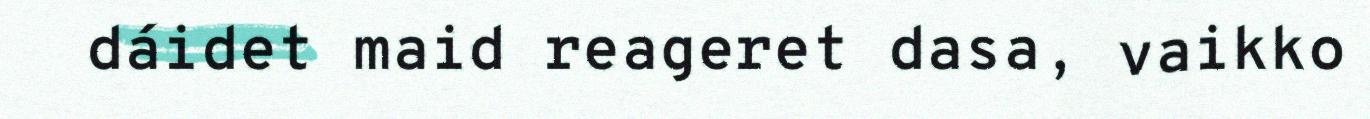
dáidet maid reageret dasa, vaikko